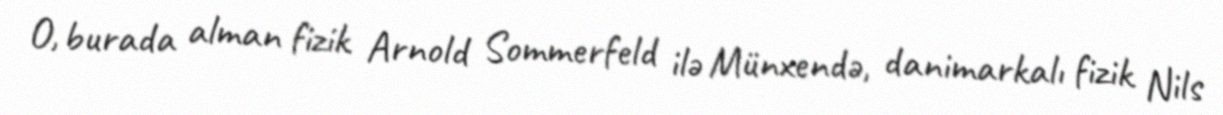
O, burada alman fizik Arnold Sommerfeld ilə Münxendə, danimarkalı fizik Nils